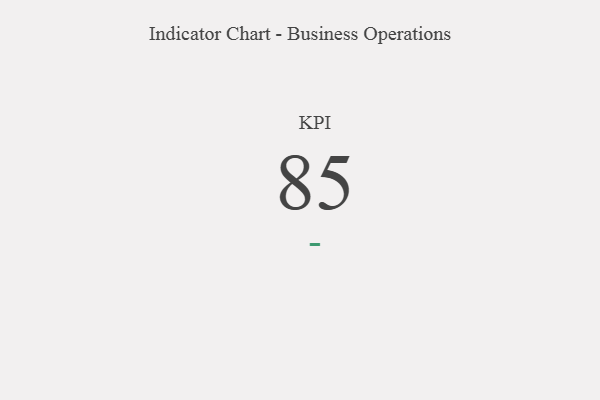
{"axis": {"x": "KPI", "y": "Value"}, "legend": [""], "data": [{"x": "KPI", "y": 85, "type": ""}]}